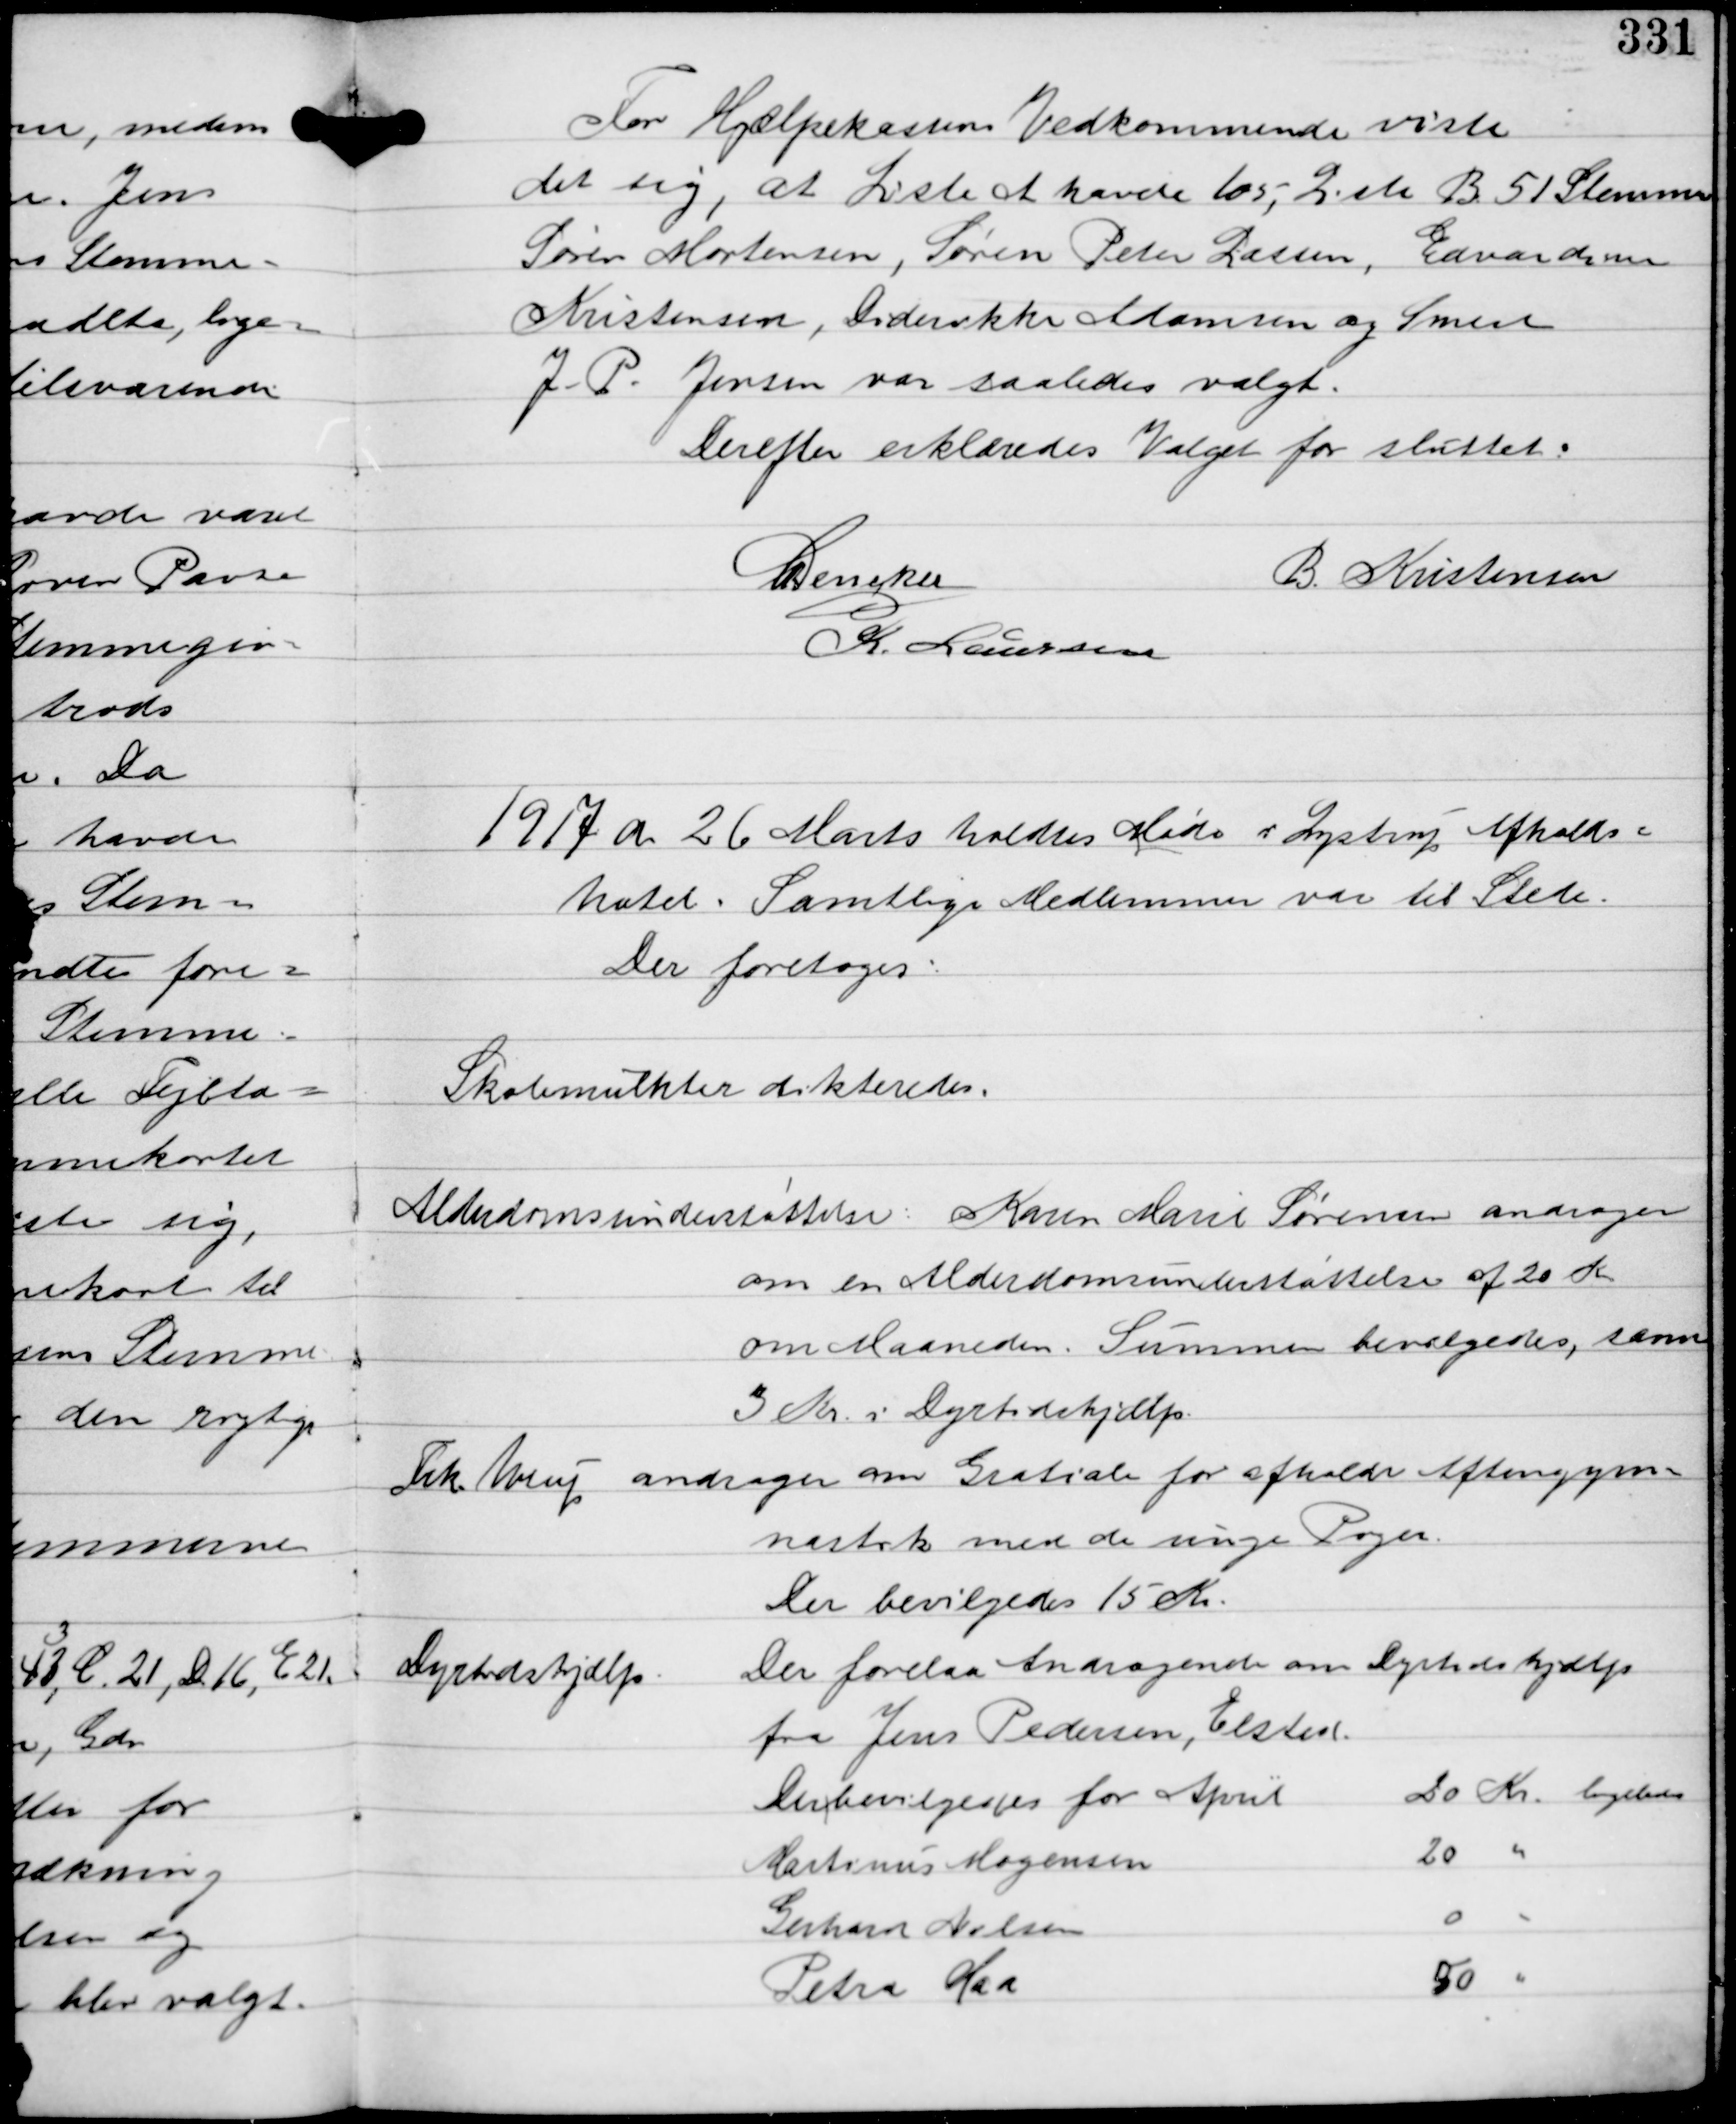
Transskription:
For Hjælpekassens Vedkommende viste
det sig, at Liste A havde 105, Liste B 51 Stemmer
Søren Mortensen, Søren Peter Lassen, Edvardine
Kristensen, Diderikke Adamsen og Smed
J. P. Jensen var saaledes valgt.
Derefter erklæredes Valget for sluttet.
C Dencker
B. Kristensen
K. Laursen

1917 d. 26 Marts holdtes Møde i Lystrup Afholds-
hotel. Samtlige Medlemmer var til Stede.
Der foretoges:

Skolemulkter dikterede.

Alderdomsunderstøttelse: Karen Marie Sørensen andrager
om en Alderdomsunderstøttelse af 20 Kr.
om Maaneden. Summen bevilgedes, samt
3 Kr. i Dyrtidshjælp.

Frk. Avenp andrager om Gratiale for afholdt Aftengym-
nastik med de unge Piger.
Der bevilgedes 15 Kr.

Dyrtidshjælp

Der forelaa Andragende om Dyrtidshjælp
fra Jens Pedersen, Elsted.
Der bevilgedes for April
20 Kr. ligeledes
Martinus Mogensen
20 ''
Gerhard Nielsen
0 "
Petra Kaa
50 ''